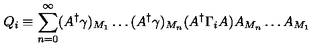
Q _ { i } \equiv \sum _ { n = 0 } ^ { \infty } ( A ^ { \dagger } \gamma ) _ { M _ { 1 } } \ldots ( A ^ { \dagger } \gamma ) _ { M _ { n } } ( A ^ { \dagger } \Gamma _ { i } A ) A _ { M _ { n } } \ldots A _ { M _ { 1 } }